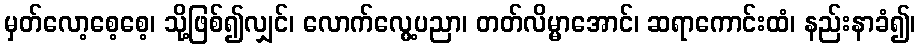
မှတ်လော့စေ့စေ့၊ သို့ဖြစ်၍လျှင်၊ လောက်လွေ့ပညာ၊ တတ်လိမ္မာအောင်၊ ဆရာကောင်းထံ၊ နည်းနာခံ၍၊